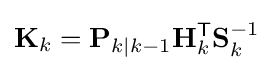
\mathbf {K} _{k}={\mathbf {P} }_{k\mid k-1}\mathbf {H} _{k}^{\textsf {T}}\mathbf {S} _{k}^{-1}